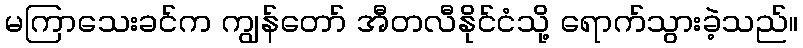
မကြာသေးခင်က ကျွန်တော် အီတလီနိုင်ငံသို့ ရောက်သွားခဲ့သည်။